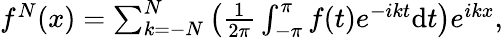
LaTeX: \begin{array}{r}{f^{N}({x})=\sum_{k=-N}^{N}\left(\frac{1}{2\pi}\int_{-\pi}^{\pi}f(t)e^{-ik{t}}\mathrm{d}{{t}}\right)e^{i{k}{x}},}\end{array}